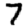
Digit: 7